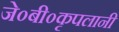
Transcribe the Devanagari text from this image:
जे०बी०कृपलानी